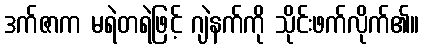
ဒက်ဇာက မရဲတရဲဖြင့် ဂျဲနက်ကို သိုင်းဖက်လိုက်၏။